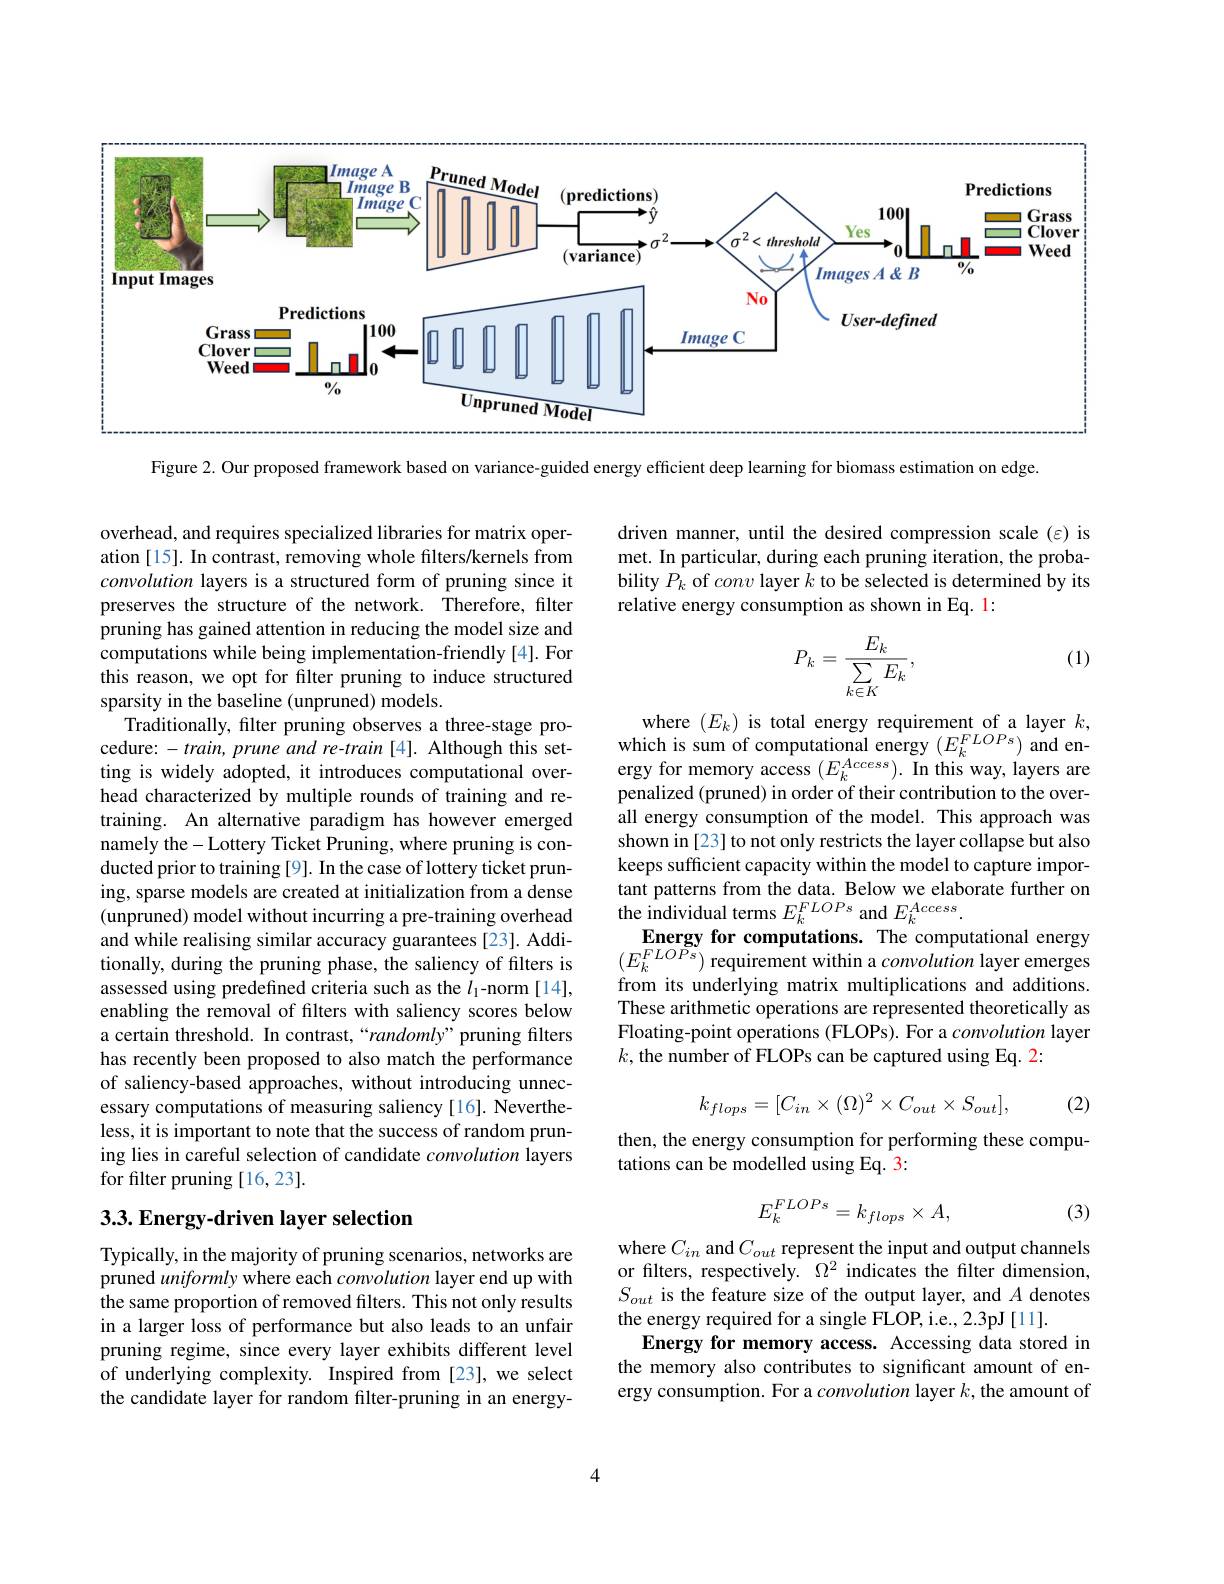
<FigureHere>

Figure 2. Our proposed framework based on variance-guided energy efficient deep learning for biomass estimation on edge.

driven manner, until the desired compression scale (ε) is met. In particular, during each pruning iteration, the probability $P_k$ of conv layer $k$ to be selected is determined by its relative energy consumption as shown in Eq. 1:

(1)
$$P_k=\frac{E_k}{\sum\limits_{k\in K}E_k},$$
overhead, and requires specialized libraries for matrix operation [15]. In contrast, removing whole filters/kernels from convolution layers is a structured form of pruning since it preserves the structure of the network. Therefore, filter pruning has gained attention in reducing the model size and computations while being implementation-friendly [4]. For this reason, we opt for filter pruning to induce structured sparsity in the baseline (unpruned) models.
Traditionally, filter pruning observes a three-stage procedure: $-train$, prune and re-train [4]. Although this setting is widely adopted, it introduces computational overhead characterized by multiple rounds of training and retraining. An alternative paradigm has however emerged namely the- Lottery Ticket Pruning, where pruning is conducted prior to training [9]. In the case of lottery ticket pruning, sparse models are created at initialization from a dense (unpruned) model without incurring a pre-training overhead and while realising similar accuracy guarantees [23]. Additionally, during the pruning phase, the saliency of filters is assessed using predefined criteria such as the $l_1$-norm [14], enabling the removal of filters with saliency scores below a certain threshold. In contrast,“randomly”pruning filters has recently been proposed to also match the performance of saliency-based approaches, without introducing unnecessary computations of measuring saliency[16]. Nevertheless, it is important to note that the success of random pruning lies in careful selection of candidate convolution layers for filter pruning [16,23].

where $(E_k)$ is total energy requirement of a layer $k$, which is sum of computational energy $( E_{k}^{FLOPs})$ and en- ergy for memory access $( E_{k}^{Access}) .$ In this way, layers are penalized (pruned) in order of their contribution to the overall energy consumption of the model. This approach was shown in [23] to not only restricts the layer collapse but also keeps sufficient capacity within the model to capture important patterns from the data. Below we elaborate further on the individual terms $E_k^{FLOPs}$ and $E_k^{Access}.$
Energy for computations. The computational energy $(E_{k}^{FLOPs})$ requirement within a convolution layer emerges from its underlying matrix multiplications and additions. These arithmetic operations are represented theoretically as Floating-point operations (FLOPs). For a convolution layer $k$, the number of FLOPs can be captured using Eq. 22
$$k_{flops}=[C_{in}\times(\Omega)^2\times C_{out}\times S_{out}],$$
(2)

then, the energy consumption for performing these compu-
tations can be modelled using Eq. 3:
$$E_k^{FLOPs}=k_{flops}\times A,$$
(3)

## 3.3. Energy-driven layer selection

where $C_{in}$ and $C_{out}$ represent the input and output channels or filters, respectively. $\Omega^2$ indicates the filter dimension, $S_{out}$ is the feature size of the output layer, and $A$ denotes the energy required for a single FLOP, i.e., 2.3pJ [11].
Energy for memory access. Accessing data stored in the memory also contributes to significant amount of energy consumption. For a convolution layer $k$, the amount of

Typically, in the majority of pruning scenarios, networks are pruned uniformly where each convolution layer end up with the same proportion of removed filters. This not only results in a larger loss of performance but also leads to an unfair pruning regime, since every layer exhibits different level of underlying complexity. Inspired from [23], we select the candidate layer for random filter-pruning in an energy-

4